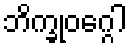
ဘိက္ခုဝဂ္ဂေါ